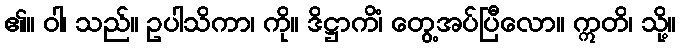
၏။ ဝါ၊ သည်။ ဥပါသိကာ၊ ကို။ ဒိဋ္ဌာကိံ၊ တွေ့အပ်ပြီလော။ ဣတိ၊ သို့။